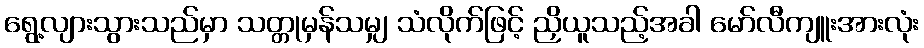
ရွေ့လျားသွားသည်မှာ သတ္တုမှန်သမျှ သံလိုက်ဖြင့် ညှိယူသည့်အခါ မော်လီကျူးအားလုံး